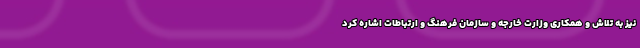
نیز به تلاش و همکاری وزارت خارجه و سازمان فرهنگ و ارتباطات اشاره کرد